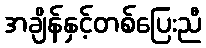
အချိန်နှင့်တစ်ပြေးညီ